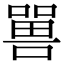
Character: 嘼